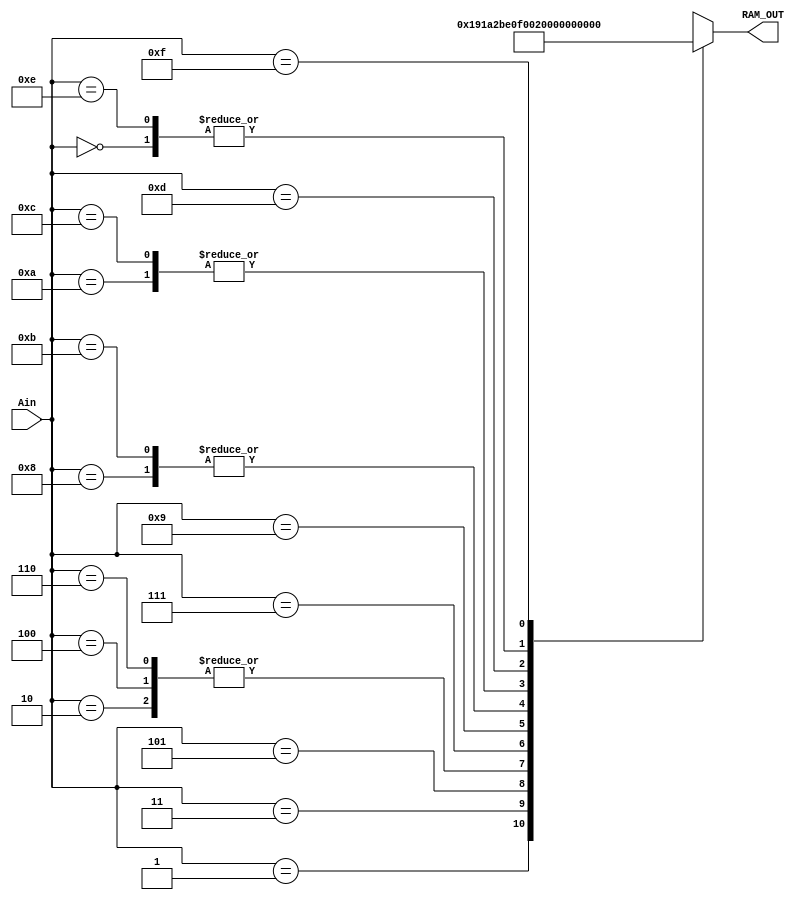
`timescale 1ns / 1ps

module RAM (input [3:0] Ain, output reg [7:0] RAM_OUT );

reg [7:0] A,B,C,D,E,F,G,H,I,J,K,L,M,N,O,P;

initial A=8'b00001000;
initial B=8'b00011001;
initial C=8'b11100000;
initial D=8'b00011010;
initial E=8'b11100000;
initial F=8'b00101011;
initial G=8'b11100000;
initial H=8'b11110000;

initial I=8'b00000000;
initial J=8'b00000010;
initial K=8'b00000100;
initial L=8'b00000000;
initial M=8'b00000100;
initial N=8'b00000101;
initial O=8'b00001000;
initial P=8'b00001101;

always@*
case(Ain)
4'b0000: RAM_OUT = A;
4'b0001: RAM_OUT = B;
4'b0010: RAM_OUT = C;
4'b0011: RAM_OUT = D;
4'b0100: RAM_OUT = E;
4'b0101: RAM_OUT = F;
4'b0110: RAM_OUT = G;
4'b0111: RAM_OUT = H;
4'b1000: RAM_OUT = I;
4'b1001: RAM_OUT = J;
4'b1010: RAM_OUT = K;
4'b1011: RAM_OUT = L;
4'b1100: RAM_OUT = M;
4'b1101: RAM_OUT = N;
4'b1110: RAM_OUT = O;
4'b1111: RAM_OUT = P;

endcase
endmodule